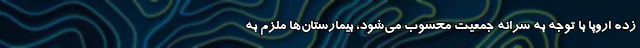
زده اروپا با توجه به سرانه جمعیت محسوب می‌شود، بیمارستان‌ها ملزم به